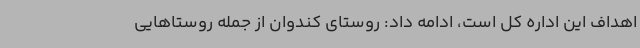
اهداف این اداره کل است، ادامه داد: روستای کندوان از جمله روستاهایی